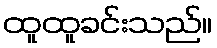
ထူထူခင်းသည်။